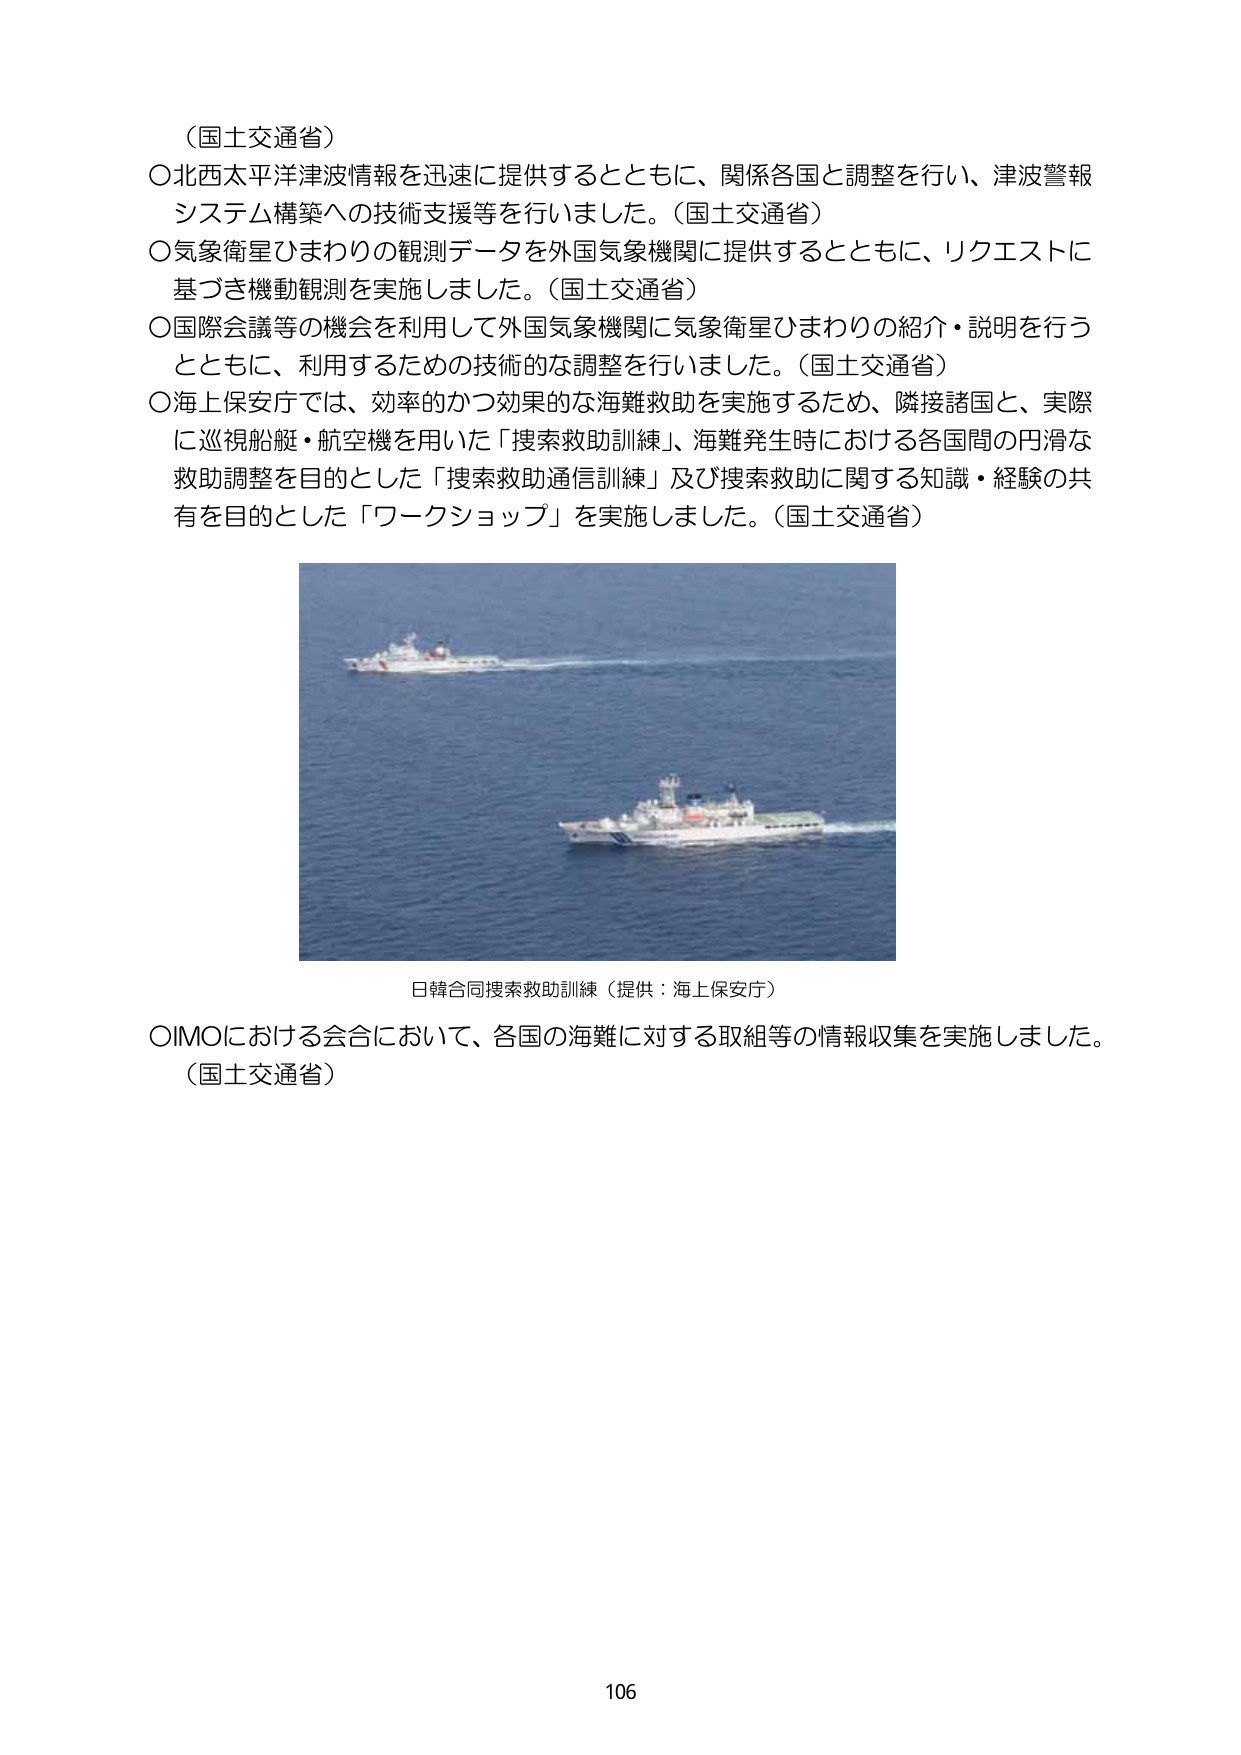
（国土交通省）
〇北西太平洋津波情報を迅速に提供するとともに、関係各国と調整を行い、津波警報システム構築への技術支援等を行いました。（国土交通省）
〇気象衛星ひまわりの観測データを外国気象機関に提供するとともに、リクエストに基づき機動観測を実施しました。（国土交通省）
〇国際会議等の機会を利用して外国気象機関に気象衛星ひまわりの紹介・説明を行うとともに、利用するための技術的な調整を行いました。（国土交通省）
〇海上保安庁では、効率的かつ効果的な海難救助を実施するため、隣接諸国と、実際に巡視船艇・航空機を用いた「捜索救助訓練」、海難発生時における各国間の円滑な救助調整を目的とした「捜索救助通信訓練」及び捜索救助に関する知識・経験の共有を目的とした「ワークショップ」を実施しました。（国土交通省）

日韓合同捜索救助訓練（提供：海上保安庁）

〇IMOにおける会合において、各国の海難に対する取組等の情報収集を実施しました。（国土交通省）

106